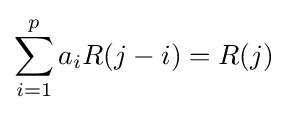
\sum _{i=1}^{p}a_{i}R(j-i)=R(j)